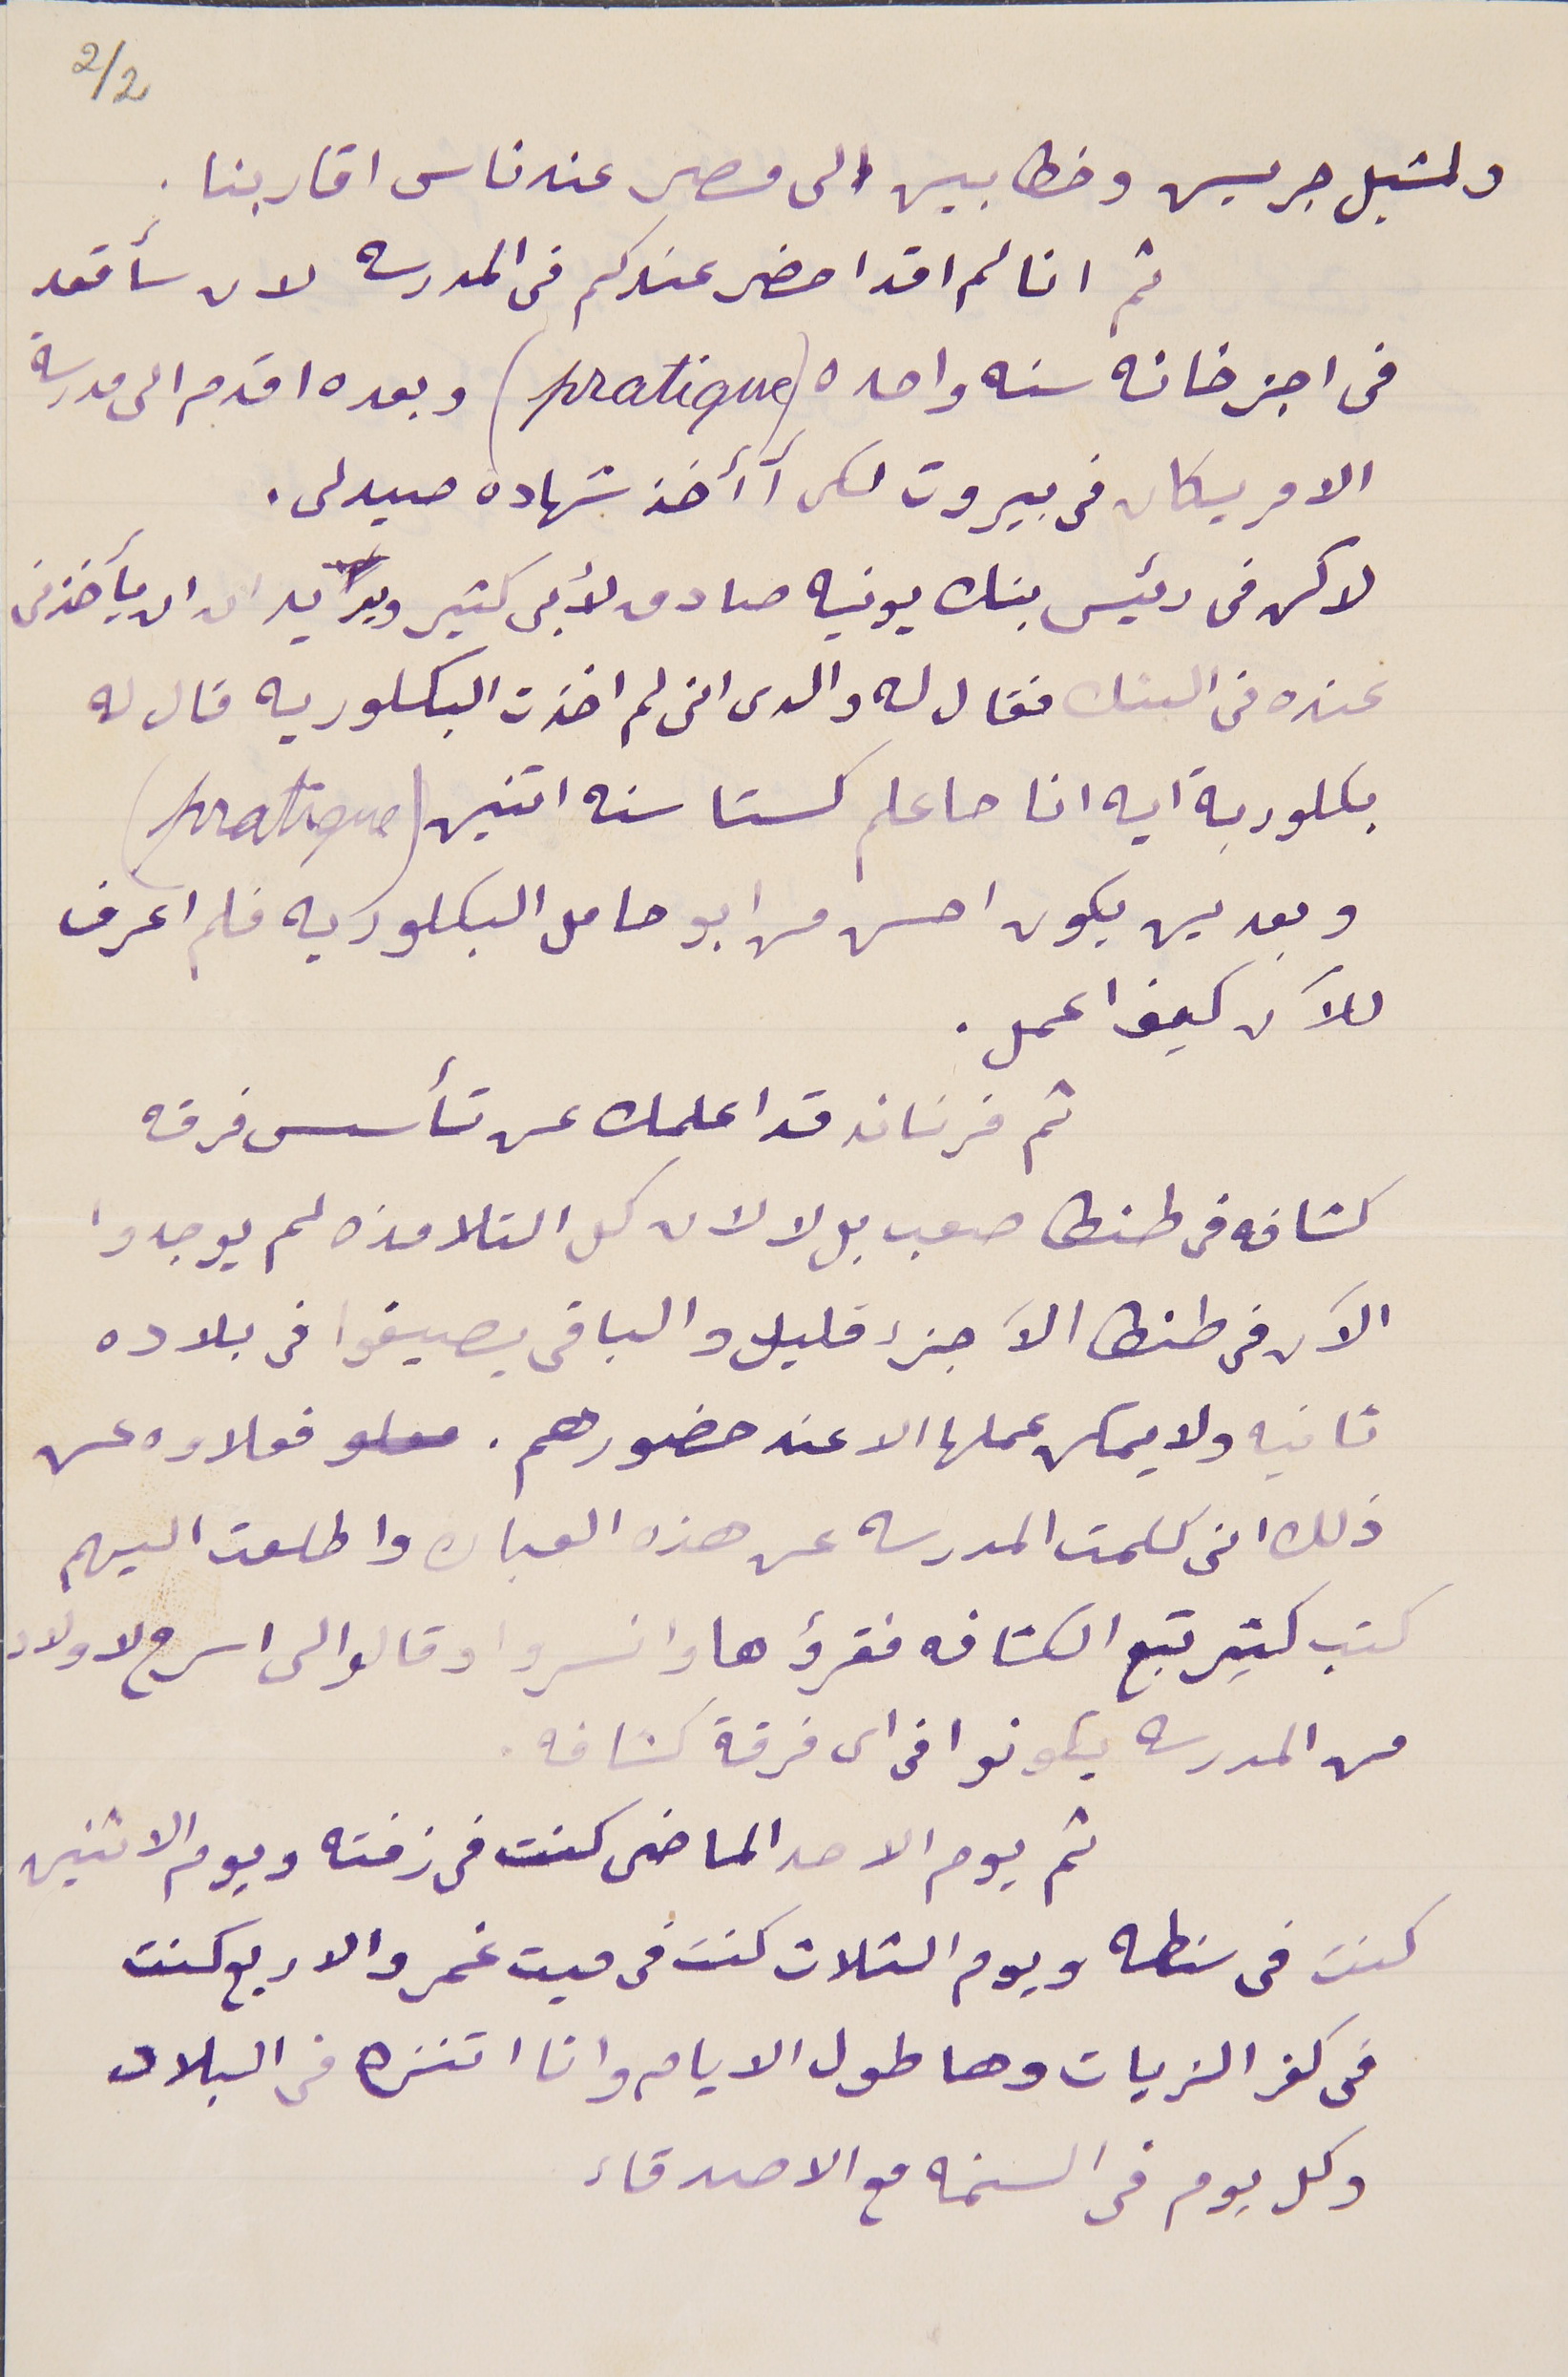
ولشبل جريس وخطابين الى مصر عند ناس اقاربنا.
 ثم انا لم اقد احضر عندكم فى المدرسه لان سأقعد
في اجزخانه سنه واحده (pratique)  وبعده اقدم الى مدرسة
الامريكان فى بيروت لكى آآخذ شهاده صيدلى.
لاكن فى رئيس بنك يونيه صادق لأبى كثير ويريد ان ان يأخذنى
عنده في البنك فقال له والدى انى لم اخذت البكلوريه قال له
بكلوربة ايه انا حاعلم كستا سنه اتنين (pratique)
وبعدين يكون احسن من ابو حامل البكلوريه فلم اعرف
للآن كيف اعمل.
ثم فرناند قد اعلمك عن تأسس فرقه
كشافه فى طنطا صعب بل لا لان كل التلامذه لم يوجدوا
 الآن فى طنطا الآ جزء قليلا والباقى بصيفوا فى بلاده
ثانيه ولا يمكن عملها الا عند حضورهم. فعلاوه عن
ذلك انى كلمت المدرسه عن هذه العباره واطلعت اليهم
كتب كثير تبع الكشافه فقرؤها وانسروا وقالوا الى اسرح لاولاد
من المدرسه يكونوا فى اى فرقة كشافه.
ثم يوم الاحد الماضى كنت فى زفته ويوم الاثنين
كنت في سنطه ويوم الثلات كنت فى ميت غمر والاربع كنت
فى كفر الزيات وها طول الايام وانا اتنزه فى البلاد
وكل يوم فى السنمه مع الاصدقاء
2/2